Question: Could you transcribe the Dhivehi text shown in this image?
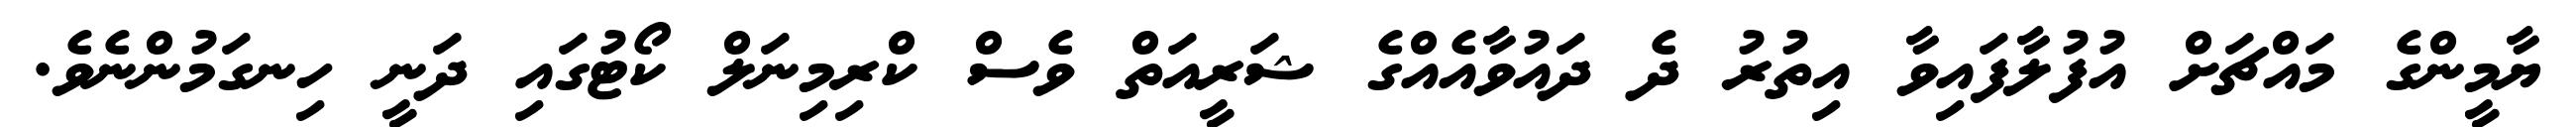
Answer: ޔާމީންގެ މައްޗަށް އުފުލާފައިވާ އިތުރު ދެ ދައުވާއެއްގެ ޝަރީއަތް ވެސް ކްރިމިނަލް ކޯޓުގައި ދަނީ ހިނގަމުންނެވެ.